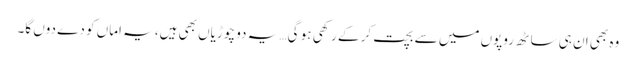
وہ بھی ان ہی ساٹھ روپوں میں سے بچت کر کے رکھی ہو گی… یہ دو چوڑیاں بھی ہیں، یہ اماں کو دے دوں گا۔